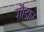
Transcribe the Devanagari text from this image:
गौडार